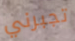
تجبرني